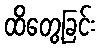
ထိတွေ့ခြင်း